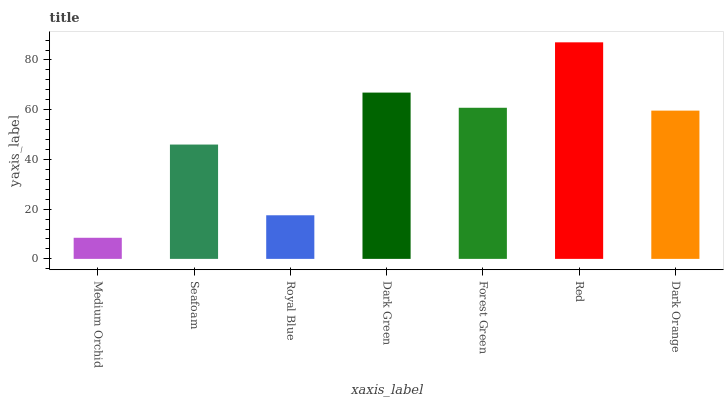
| xaxis_label | bars |
 | --- | --- |
 | Medium Orchid | 8.49 |
 | Seafoam | 46 |
 | Royal Blue | 17.5 |
 | Dark Green | 66.9 |
 | Forest Green | 60.8 |
 | Red | 87.1 |
 | Dark Orange | 59.6 |